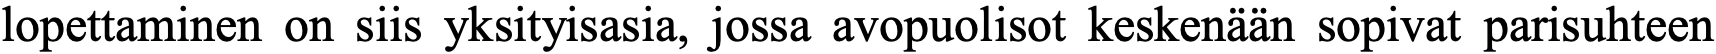
lopettaminen on siis yksityisasia, jossa avopuolisot keskenään sopivat parisuhteen